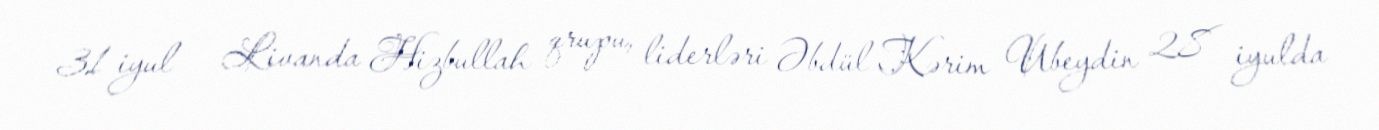
31 iyul — Livanda Hizbullah qrupu, liderləri Əbdül Kərim Ubeydin 28 iyulda